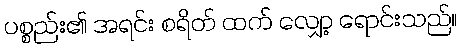
ပစ္စည်း၏ အရင်း စရိတ် ထက် လျှော့ ရောင်းသည်။